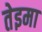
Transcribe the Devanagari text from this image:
तेइमा